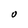
Character: O